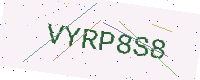
Text: VYRP8S8